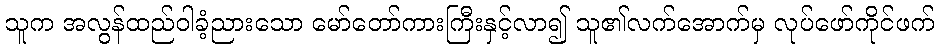
သူက အလွန်ထည်ဝါခံ့ညားသော မော်တော်ကားကြီးနှင့်လာ၍ သူ၏လက်အောက်မှ လုပ်ဖော်ကိုင်ဖက်